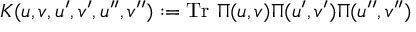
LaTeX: K ( u , v , u ^ { \prime } , v ^ { \prime } , u ^ { \prime \prime } , v ^ { \prime \prime } ) : = \mathrm { T r } ~ \Pi ( u , v ) \Pi ( u ^ { \prime } , v ^ { \prime } ) \Pi ( u ^ { \prime \prime } , v ^ { \prime \prime } )